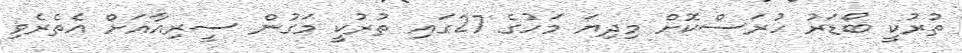
ތުރުކީ ބޯޑަރު ހުރަސްކޮށް މިދިޔަ މަހުގެ 27ގައި ތުރުކީ މަގުން ސީރިއާއަށް އެތެރެވި